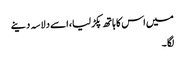
میں اس کا ہاتھ پکڑ لیا، اسے دلاسہ دینے
لگا ۔